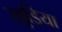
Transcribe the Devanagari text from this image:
खुडिया